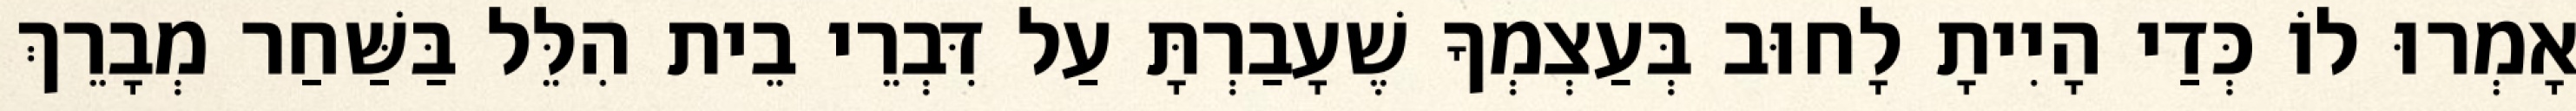
אָמְרוּ לוֹ כְּדַי הָיִיתָ לָחוּב בְּעַצְמְךָ שֶׁעָבַרְתָּ עַל דִּבְרֵי בֵית הִלֵּל בַּשַּׁחַר מְבָרֵךְ